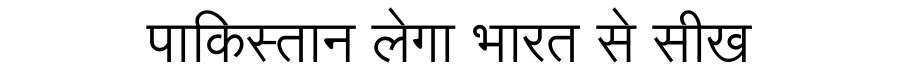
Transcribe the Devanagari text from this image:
पाकिस्तान लेगा भारत से सीख